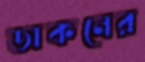
ডাকনের